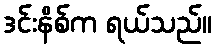
ဒင်းနိစ်က ရယ်သည်။